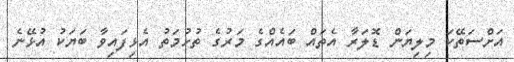
އަށްސަތޭކަ މިލިޔަން ޑޮލަރާ އެތައް ބައެއްގެ މަރުގެ ތުހުމަތު އެޅިފައިވާ ބަޔަކު އުޅޭނެ